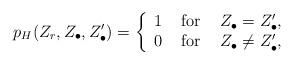
LaTeX: \begin{align*} p_H(Z_r, Z_\bullet, Z_\bullet')=\left\{\begin{array}{rcl}1 & \mbox{ for } &Z_\bullet= Z_\bullet',\\0 & \mbox{ for } & Z_\bullet\neq Z_\bullet',\end{array}\right.\end{align*}